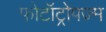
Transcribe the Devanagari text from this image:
फोटॉट्रोपज्म